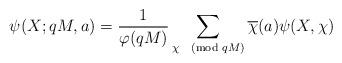
LaTeX: \begin{align*}\psi(X;qM,a)=\frac{1}{\varphi(qM)}\sum_{\chi\pmod{qM}}\overline{\chi}(a)\psi(X,\chi)\end{align*}